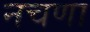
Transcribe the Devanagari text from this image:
नचणा